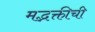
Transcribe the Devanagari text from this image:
मद्भक्तीची